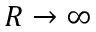
R \rightarrow \infty